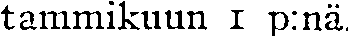
tammikuun 1 p:nä.